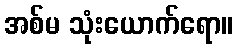
အစ်မ သုံးယောက်ရော။